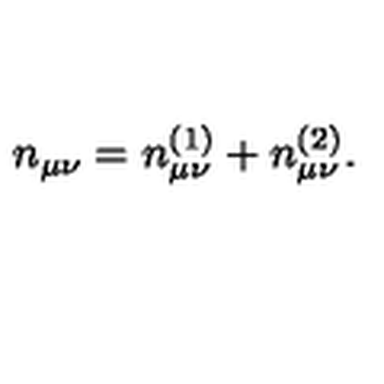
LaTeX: n _ { \mu \nu } = n _ { \mu \nu } ^ { ( 1 ) } + n _ { \mu \nu } ^ { ( 2 ) } .